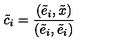
\tilde { c } _ { i } = \frac { ( \tilde { e } _ { i } , \tilde { x } ) } { ( \tilde { e } _ { i } , \tilde { e } _ { i } ) }